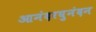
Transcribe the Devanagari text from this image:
आनंदरघुनंदन